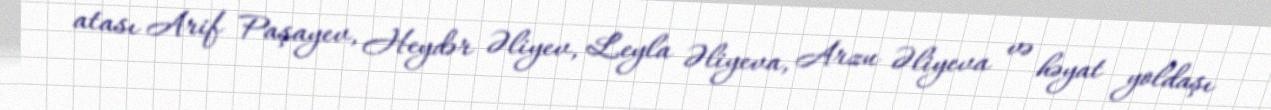
atası Arif Paşayev, Heydər Əliyev, Leyla Əliyeva, Arzu Əliyeva və həyat yoldaşı